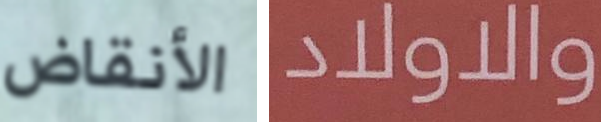
الأنقاض والاولاد